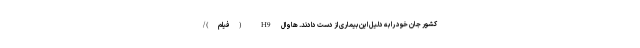
کشور جان خود را به دلیل این بیماری از دست دادند. هاوال H9 (فیلم)/